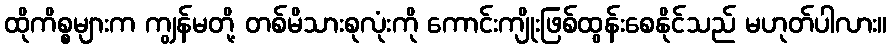
ထိုကိစ္စများက ကျွန်မတို့ တစ်မိသားစုလုံးကို ကောင်းကျိုးဖြစ်ထွန်းစေနိုင်သည် မဟုတ်ပါလား။